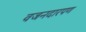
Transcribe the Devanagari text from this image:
वजनदारपण